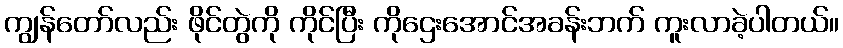
ကျွန်တော်လည်း ဖိုင်တွဲကို ကိုင်ပြီး ကိုဌေးအောင်အခန်းဘက် ကူးလာခဲ့ပါတယ်။